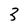
Character: 3